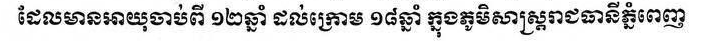
ដែលមានអាយុចាប់ពី ១២ ឆ្នាំ ដល់ក្រោម១៨ឆ្នាំ ក្នុងភូមិសាស្រ្តរាជធានីភ្នំពេញ